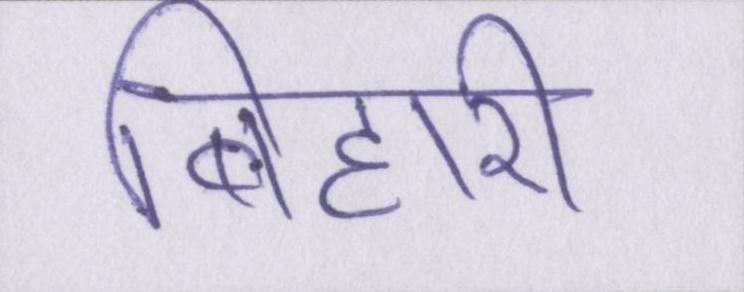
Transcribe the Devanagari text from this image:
बिहारी